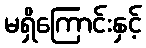
မရှိကြောင်းနှင့်